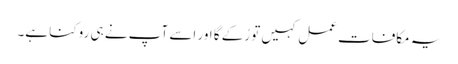
یہ مکافاتِ عمل کہیں تو رُکے گا اور اسے آپ نے ہی روکنا ہے۔